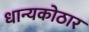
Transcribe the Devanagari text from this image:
धान्यकोठार